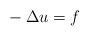
LaTeX: \begin{align*} {}-\Delta u = f \end{align*}